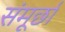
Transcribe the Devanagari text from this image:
संमूर्छा